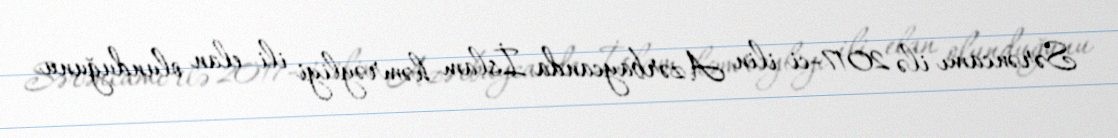
Sərəncamı ilə 2017-ci ilin Azərbaycanda İslam həmrəyliyi ili elan olunduğunu